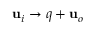
\mathbf { u } _ { i } \rightarrow \v q + \mathbf { u } _ { o }